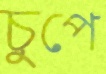
চুপে